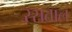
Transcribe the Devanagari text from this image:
रसताल